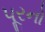
પૂરનો